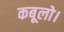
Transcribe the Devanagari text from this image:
कबूलो।